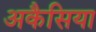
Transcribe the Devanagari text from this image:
अकैसिया